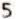
5